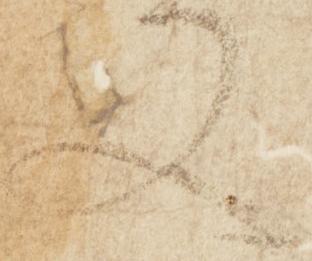
又